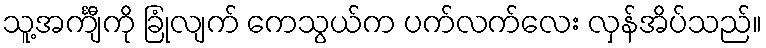
သူ့အင်္ကျီကို ခြုံလျက် ကေသွယ်က ပက်လက်လေး လှန်အိပ်သည်။